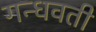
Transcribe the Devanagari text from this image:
गन्धवती